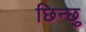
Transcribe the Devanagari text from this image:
छिन्छु